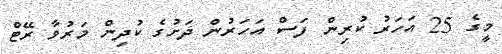
މީގެ 25 އަހަރު ކުރިން ފަސް އަހަރުން ދަށުގެ ކުދިން މަރުވާ ރޭޓް